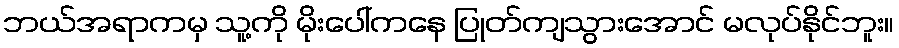
ဘယ်အရာကမှ သူ့ကို မိုးပေါ်ကနေ ပြုတ်ကျသွားအောင် မလုပ်နိုင်ဘူး။